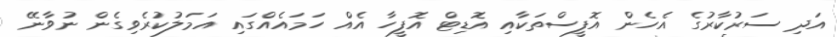
އަދި ސަރުކާރުގެ އެހެން އޮފީސްތަކާއި އޮޑިޓް އޮފީހާ އެއް ހަމައެއްގައި އަމަލުކުރެވިގެން ނުވާނޭ